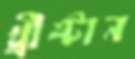
খ্রীষ্টান